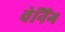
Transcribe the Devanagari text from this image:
वेनिंग